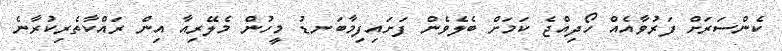
ކެންސަރަށް ފަރުވާއެއް ހޯދިއްޖެ ކަމަށް ބެލެވެން ފަށައިފިމާބަނޑު މީހުން މެލޭރިއާ އިން ރައްކާތެރިކުރާނެ